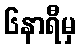
၆နာရီမှ